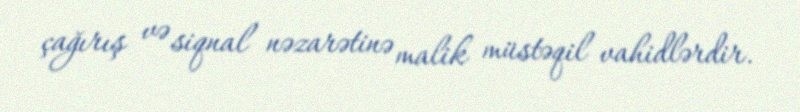
çağırış və siqnal nəzarətinə malik müstəqil vahidlərdir.